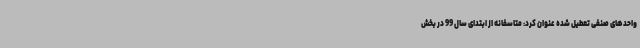
واحدهای صنفی تعطیل‌ شده عنوان کرد: متاسفانه از ابتدای سال 99 در بخش